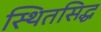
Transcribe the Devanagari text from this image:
स्थितसिद्ध